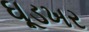
ઘૂડખર